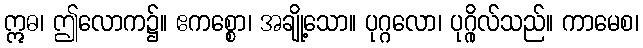
ဣဓ၊ ဤလောက၌။ ဧကစ္စော၊ အချို့သော။ ပုဂ္ဂလော၊ ပုဂ္ဂိုလ်သည်။ ကာမေစ၊